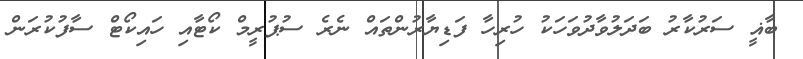
ބާޣީ ސަރުކާރު ބަދަލުވާދުވަހަކު ހުރިހާ ފަޑިޔާރުންތައް ނެރެ ސުޕުރީމް ކޯޓާއި ހައިކޯޓް ސާފުކުރަން